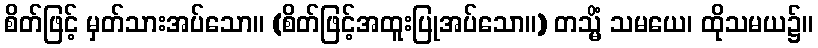
စိတ်ဖြင့် မှတ်သားအပ်သော။ (စိတ်ဖြင့်အထူးပြုအပ်သော။) တသ္မိံ သမယေ၊ ထိုသမယ၌။